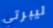
ليبرتي